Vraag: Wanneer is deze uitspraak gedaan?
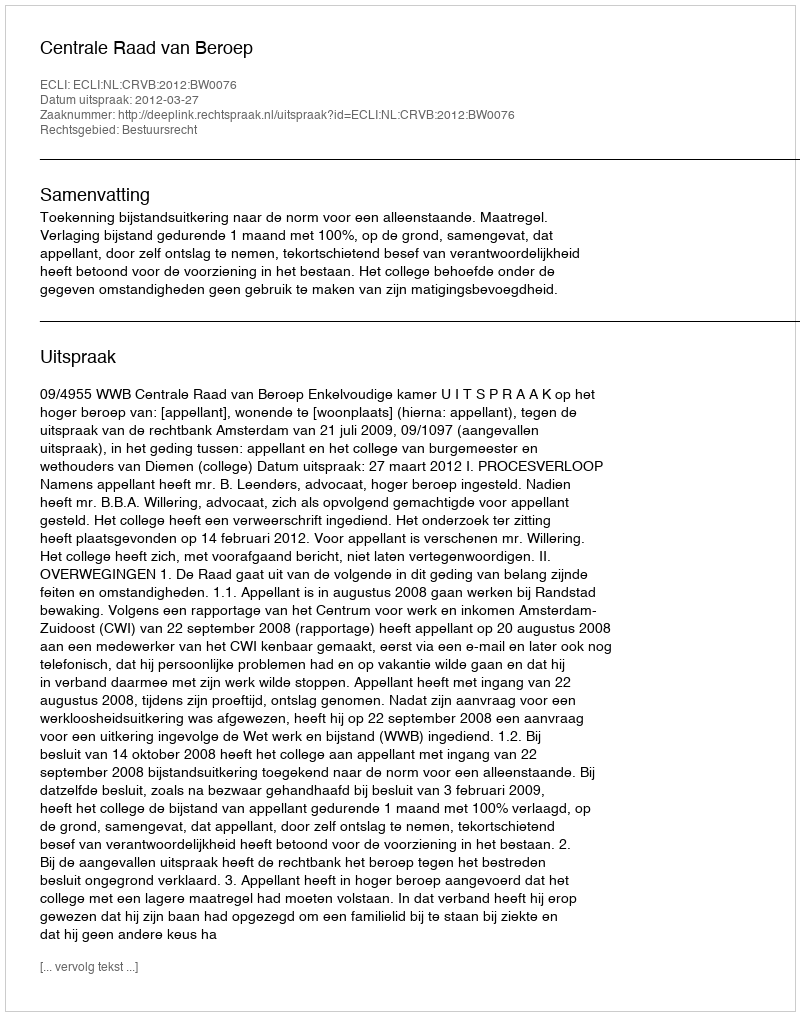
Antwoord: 2012-03-27